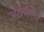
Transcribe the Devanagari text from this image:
अख़बारात